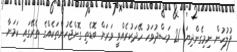
ފުލުހުން ނިމިގެންދިޔަ 21 މަސްދުވަހު ހޭދަކުރެއްވީ ވަރަށް ބޮޑެތި ގޮންޖެހުންތަކެއްގެ ތެރޭގައި ކަމަށާ